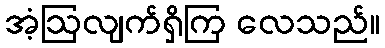
အံ့ဩလျက်ရှိကြ လေသည်။